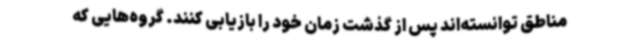
مناطق توانسته‌اند پس از گذشت زمان خود را بازیابی کنند. گروه‌هایی که